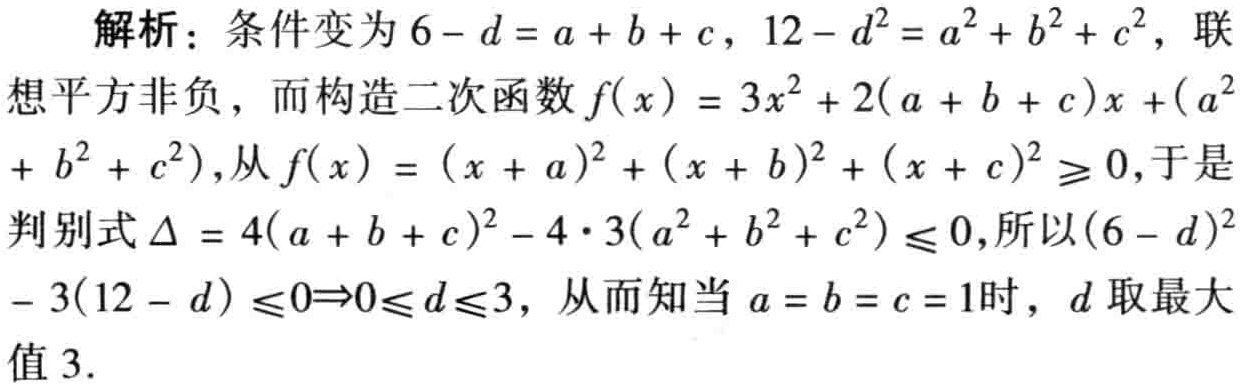
解析：条件变为\(6 - d = a + b + c\)，\(12 - d^{2} = a^{2} + b^{2} + c^{2}\)，联想平方非负，而构造二次函数\(f(x)=3x^{2}+2(a + b + c)x+(a^{2}+ b^{2} + c^{2})\)，从\(f(x)=(x + a)^{2}+(x + b)^{2}+(x + c)^{2}\geq0\)，于是判别式\(\Delta = 4(a + b + c)^{2}-4\cdot3(a^{2}+ b^{2} + c^{2})\leq0\)，所以\((6 - d)^{2}-3(12 - d)\leq0\Rightarrow0\leq d\leq3\)，从而知当\(a = b = c = 1\)时，\(d\)取最大值\(3\)。